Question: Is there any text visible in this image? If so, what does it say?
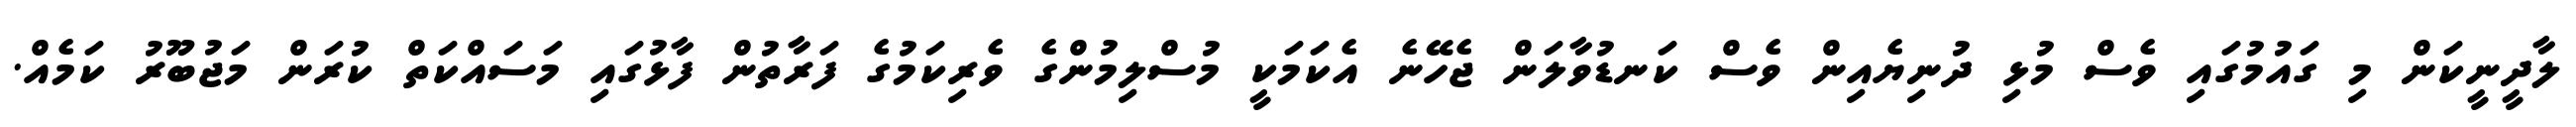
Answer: ލާދީނީކަން މި ގައުމުގައި ވެސް މުޅި ދުނިޔެއިން ވެސް ކަނޑުވާލަން ޖެހޭނެ އެކަމަކީ މުސްލިމުންގެ ވެރިކަމުގެ ފަރާތުން ފާޅުގައި މަސައްކަތް ކުރަން މަޖުބޫރު ކަމެއް.